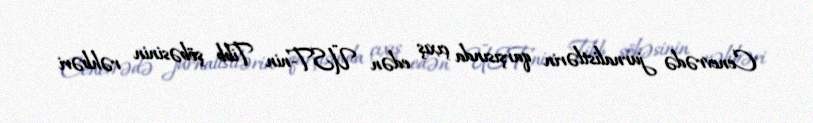
Cenevrədə jurnalistlərin qarşısında çıxış edən ÜST-nin Tibb şöbəsinin rəhbəri